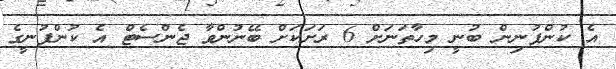
އެ ކުންފުނިން ބުނީ މިހާތަނަށް 6 ރަށަކަށް ބޭނުންވާ ޖެެންސެޓް އެ ކުންފުނީގެ